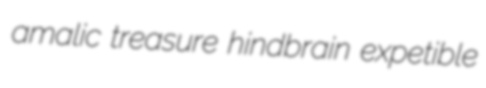
amalic treasure hindbrain expetible